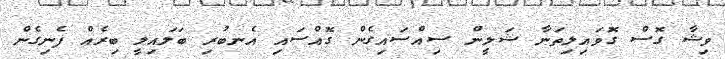
ވިޝާ ގޮސް ގޮވައިލިތަނާ ޝަލީން ސިއްސައިގެން ގޮއްސައި އެނބުރި ބަލައިލީ ބިރެއް ފެނިގެން